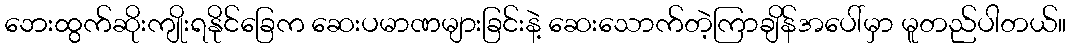
ဘေးထွက်ဆိုးကျိုးရနိုင်ခြေက ဆေးပမာဏများခြင်းနဲ့ ဆေးသောက်တဲ့ကြာချိန်အပေါ်မှာ မူတည်ပါတယ်။